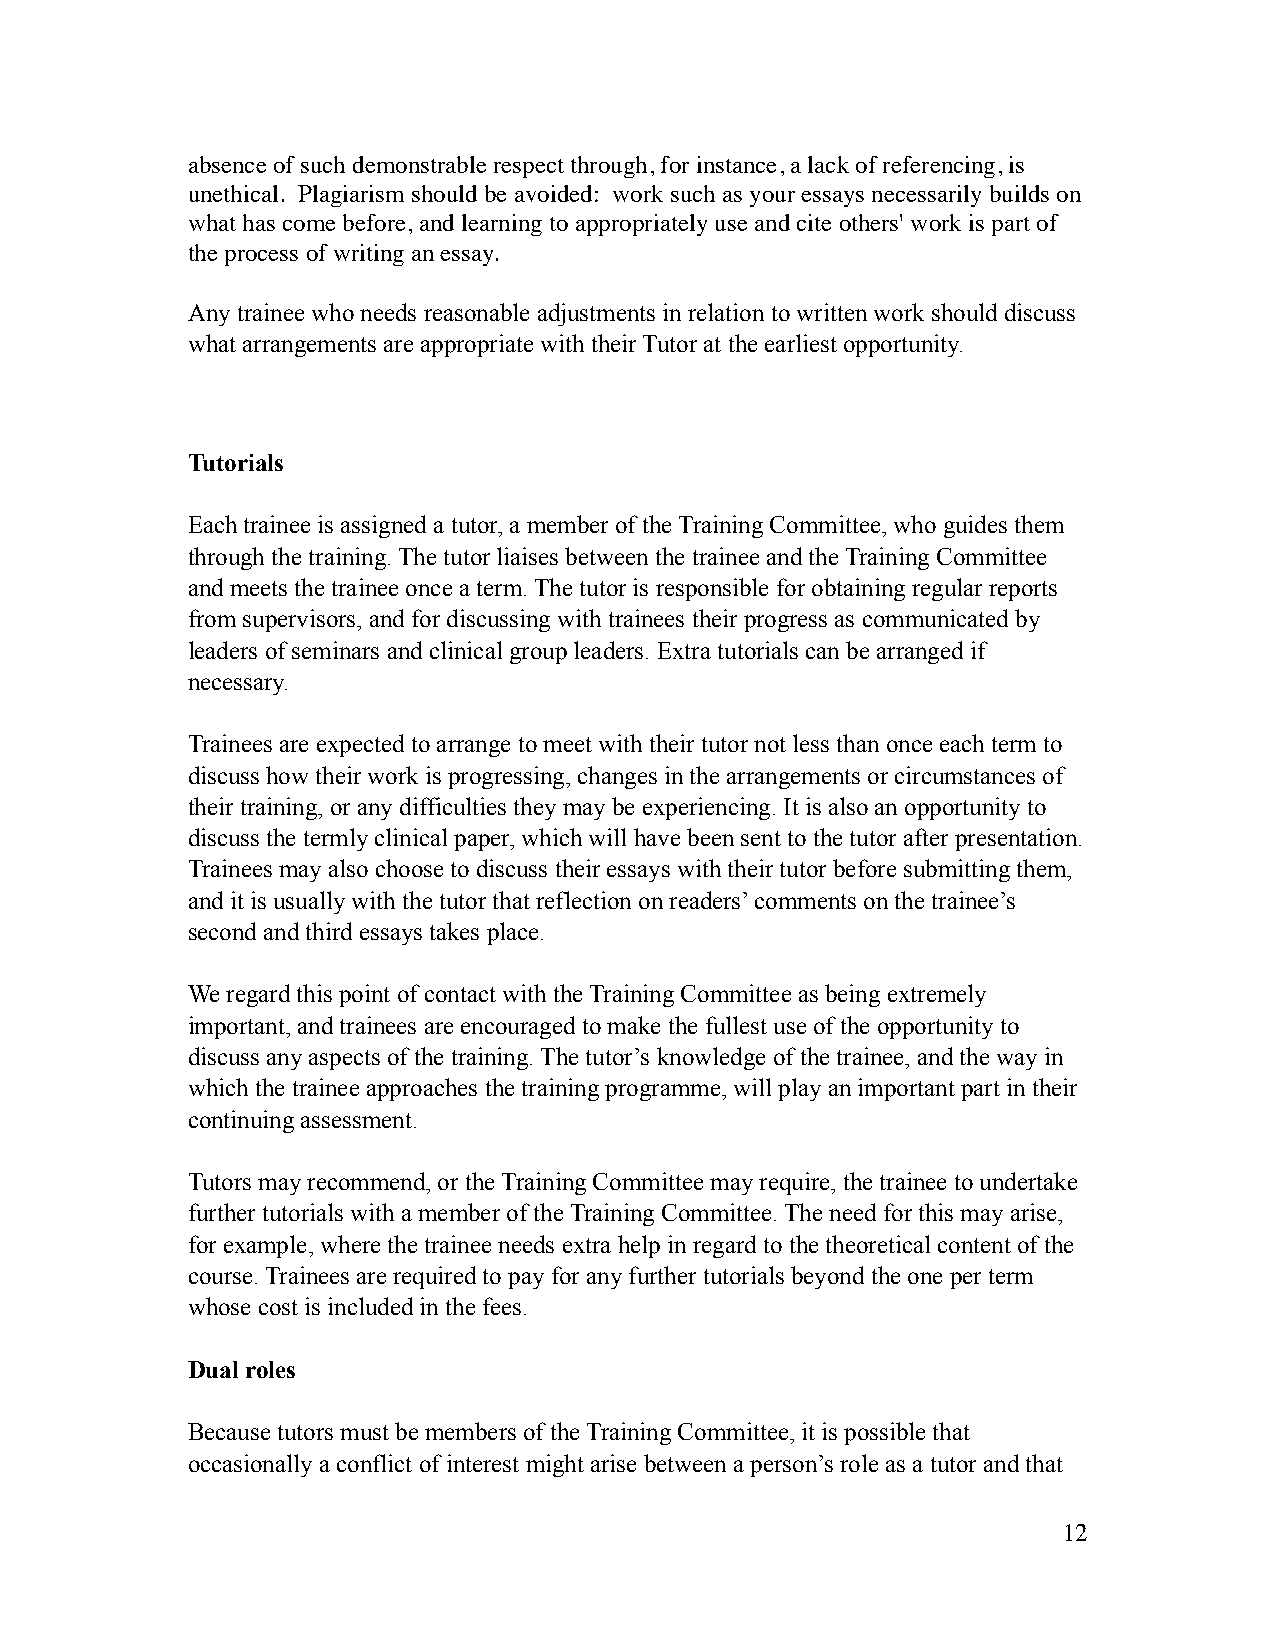
absence of such demonstrable respect through, for instance, a lack of referencing, is
 unethical. Plagiarism should be avoided: work such as your essays necessarily builds on
 what has come before, and learning to appropriately use and cite others' work is part of
 the process of writing an essay.
 Any trainee who needs reasonable adjustments in relation to written work should discuss
 what arrangements are appropriate with their Tutor at the earliest opportunity.
 Tutorials
 Each trainee is assigned a tutor, a member of the Training Committee, who guides them
 through the training. The tutor liaises between the trainee and the Training Committee
 and meets the trainee once a term. The tutor is responsible for obtaining regular reports
 from supervisors, and for discussing with trainees their progress as communicated by
 leaders of seminars and clinical group leaders. Extra tutorials can be arranged if
 necessary.
 Trainees are expected to arrange to meet with their tutor not less than once each term to
 discuss how their work is progressing, changes in the arrangements or circumstances of
 their training, or any difficulties they may be experiencing. It is also an opportunity to
 discuss the termly clinical paper, which will have been sent to the tutor after presentation.
 Trainees may also choose to discuss their essays with their tutor before submitting them,
 and it is usually with the tutor that reflection on readers’ comments on the trainee’s
 second and third essays takes place.
 We regard this point of contact with the Training Committee as being extremely
 important, and trainees are encouraged to make the fullest use of the opportunity to
 discuss any aspects of the training. The tutor’s knowledge of the trainee, and the way in
 which the trainee approaches the training programme, will play an important part in their
 continuing assessment.
 Tutors may recommend, or the Training Committee may require, the trainee to undertake
 further tutorials with a member of the Training Committee. The need for this may arise,
 for example, where the trainee needs extra help in regard to the theoretical content of the
 course. Trainees are required to pay for any further tutorials beyond the one per term
 whose cost is included in the fees.
 Dual roles
 Because tutors must be members of the Training Committee, it is possible that
 occasionally a conflict of interest might arise between a person’s role as a tutor and that
 12